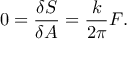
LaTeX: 0 = { \frac { \delta S } { \delta A } } = { \frac { k } { 2 \pi } } F .